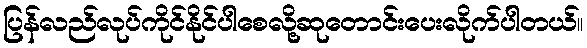
ပြန်လည်လုပ်ကိုင်နိုင်ပါစေလို့ဆုတောင်းပေးလိုက်ပါတယ်။